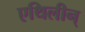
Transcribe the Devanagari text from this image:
एथिलीन्‌